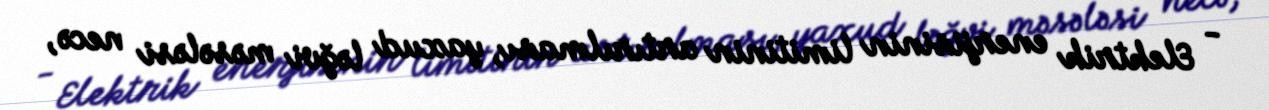
- Elektrik enerjisinin limitinin artırılması, yaxud ləğvi məsələsi necə,